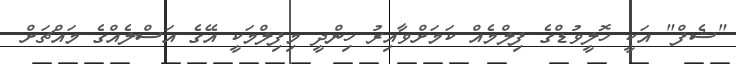
"ޝެފް" އަކީ ހޮލީވުޑްގެ ފިލްމެއް ކަމަށްވާއިރު ހިންދީ މިފިލްމަކީ އޭގެ އަސްލެއްގެ މައްޗަށް